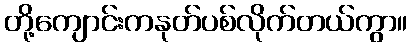
တို့ကျောင်းကနုတ်ပစ်လိုက်တယ်ကွာ။